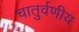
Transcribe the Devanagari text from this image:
चातुर्वणीय